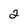
Character: 2